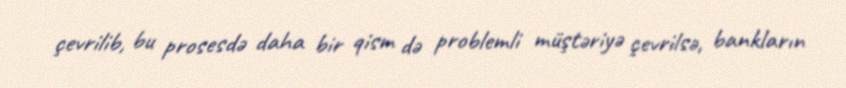
çevrilib, bu prosesdə daha bir qism də problemli müştəriyə çevrilsə, bankların